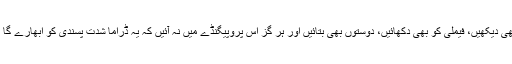
اور آخر میں فقط اتنی گزارش ہے کہ اس ڈرامے کو خود بھی دیکھیں، فیملی کو بھی دکھائیں، دوستوں بھی بتائیں اور ہر گز اس پروپیگنڈے میں نہ آئیں کہ یہ ڈراما شدت پسندی کو ابھارے گا اور یہ کہ ڈراما تو ایک آرٹ ہے اس میں مذہب کا کیا کام؟